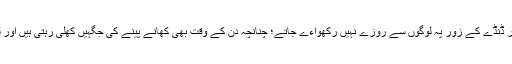
یعنی یہاں لا اکرہ فی الدین والا معاملہ ہے اور ڈنڈے کے زور پہ لوگوں سے روزے نہیں رکھواءے جاتے؛ چنانچہ دن کے وقت بھی کھانے پینے کی جگہیں کھلی رہتی ہیں اور لوگ سرعام سگریٹ پیتے بھی نظر آتے ہیں۔